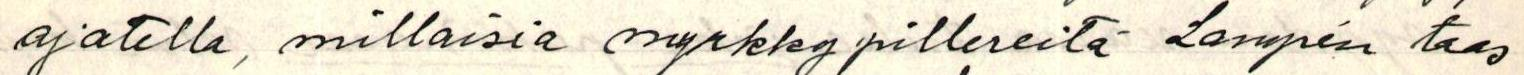
ajatella, millaisia myrkkypillereitä Lampén taas